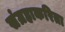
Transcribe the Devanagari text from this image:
संग्रहाकरिता